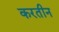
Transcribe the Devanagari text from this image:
करतीन